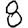
Digit: 8